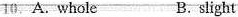
10. A. whole B.slight